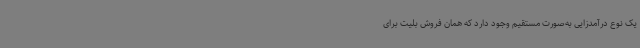
یک نوع درآمدزایی به‌صورت مستقیم وجود دارد که همان فروش بلیت برای